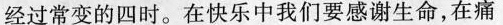
经过常变的四时。在快乐中我们要感谢生命，在痛